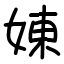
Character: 娻